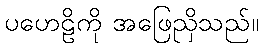
ပဟေဠိကို အဖြေညှိသည်။